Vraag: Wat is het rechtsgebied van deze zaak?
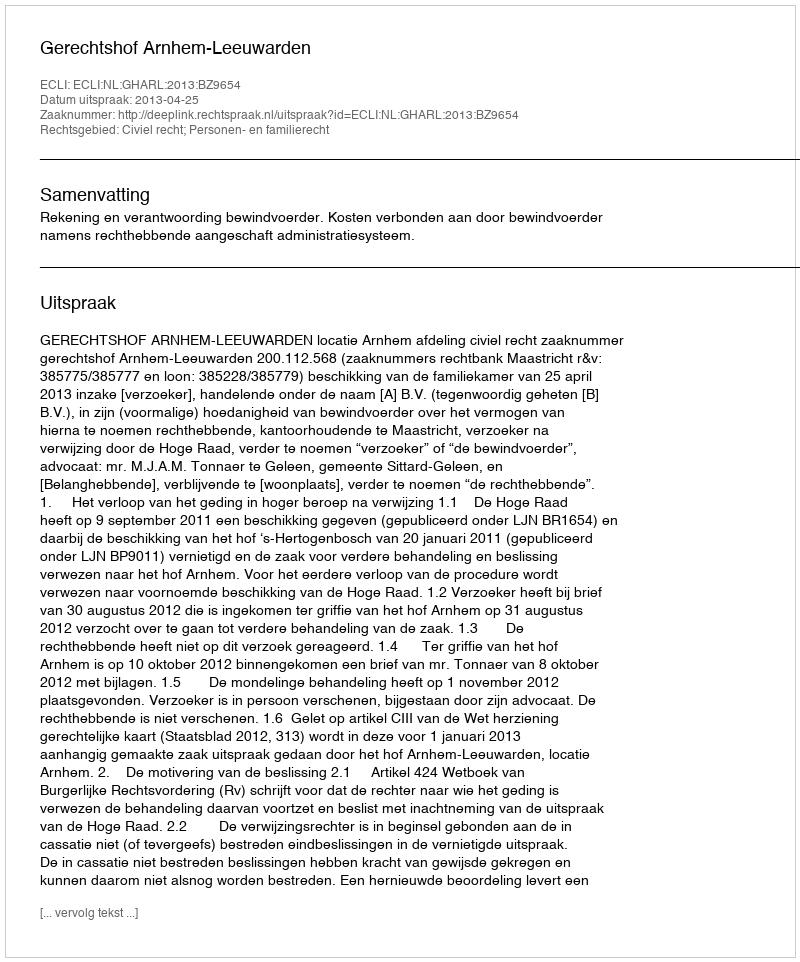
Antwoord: Civiel recht; Personen- en familierecht